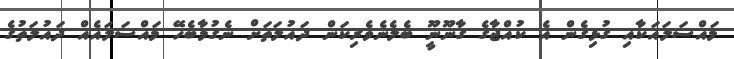
މައްސަލައަކާއި ގުޅިގެން އެ ކުއްޖާގެ ގާނޫނީޫ ބެލެނެވެރިކަން ދައުލަތަށް ނެގުމާބެހޭ މައްސަލައެއް ދައުލަތުގެ